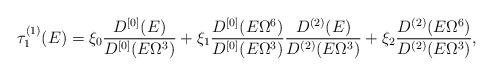
LaTeX: \begin{align*}\tau^{(1)}_1(E)=\xi_0 \frac{D^{[0]}(E)} {D^{[0]}(E \Omega^3)} +\xi_1 \frac{D^{[0]}(E\Omega^6)} {D^{[0]}(E \Omega^3)} \frac{D^{(2)}(E)} {D^{(2)}(E \Omega^3)} +\xi_2 \frac{D^{(2)}(E\Omega^6)} {D^{(2)}(E \Omega^3)},\end{align*}